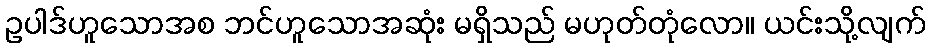
ဥပါဒ်ဟူသောအစ ဘင်ဟူသောအဆုံး မရှိသည် မဟုတ်တုံလော။ ယင်းသို့လျက်